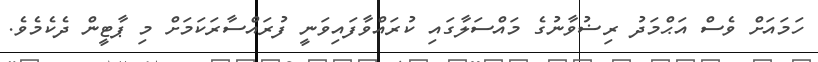
ހަމައަށް ވެސް އަޙްމަދު ރިޟުވާނުގެ މައްސަލާގައި ކުރައްވާފައިވަނީ ފުރައްސާރަކަމަށް މި ޕާޓީން ދެކެމެވެ.